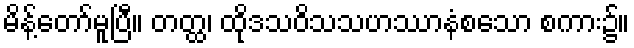
မိန့်တော်မူပြီ။ တတ္ထ၊ ထိုဒသဝိသသဟဿာနံစသော စကား၌။